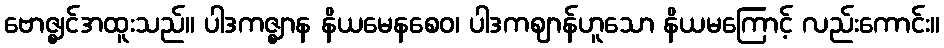
ဗောဇ္ဈင်အထူးသည်။ ပါဒကဇ္ဈာန နိယမေနစေဝ၊ ပါဒကဈာန်ဟူသော နိယမကြောင့် လည်းကောင်း။